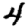
Digit: 4